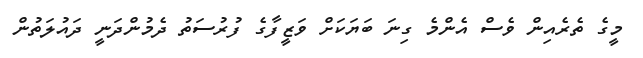
މީގެ ތެރެއިން ވެސް އެންމެ ގިނަ ބަޔަކަށް ވަޒީފާގެ ފުރުސަތު ދެމުންދަނީ ދައުލަތުން